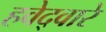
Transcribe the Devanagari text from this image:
हवेद्वारे